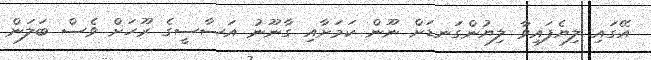
އޭގައި ލިޔެފައިވާ ލިޔުންގަނޑަށް ނޫން ކަމަށާއި ގާނޫނު އަސާސީގެ ރޫހަށް ވެސް ބަލަން